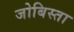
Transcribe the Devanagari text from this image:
जोबिस्ता